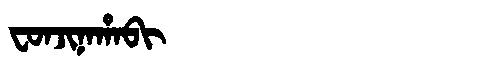
Manchu: ᠸᠣᠨᠵᡳᠨᠠᡥᠠᠪᡳ
Romanization: FONJINAHABI